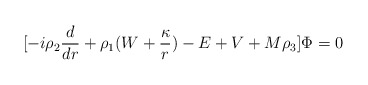
\begin{align*}\lbrack -i\rho_2{d\over dr} +\rho_1(W+{\kappa\over r})-E+V+M\rho_3\rbrack\Phi=0\end{align*}